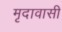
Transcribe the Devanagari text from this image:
मृदावासी